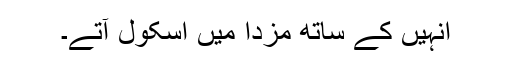
انہیں کے ساتھ مزدا میں اسکول آتے۔